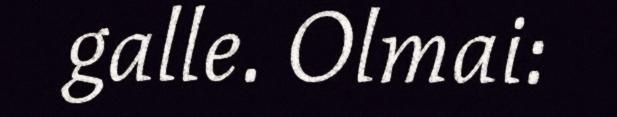
galle. Olmai: